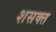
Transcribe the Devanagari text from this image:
शसक्त